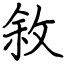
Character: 敘